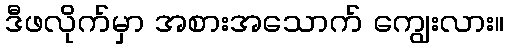
ဒီဖလိုက်မှာ အစားအသောက် ကျွေးလား။